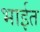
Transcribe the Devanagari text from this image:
भाईत